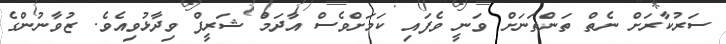
ސަރުކާރަށް ނެތް ތަންތަނަށް ވަނީ ވެފައި ކަމަށްވެސް އާދަމް ޝަރީފް ވިދާޅުވިއެވެ. ޒުވާނުންގެ